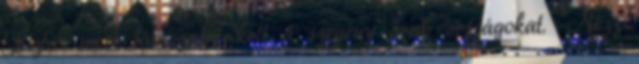
Biztos mert támogatni kell a szegény arab országokat. "Nézz